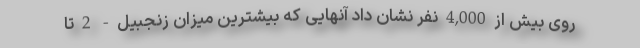
روی بیش از 4,000 نفر نشان داد آنهایی که بیشترین میزان زنجبیل - 2 تا